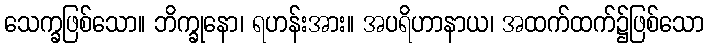
သေက္ခဖြစ်သော။ ဘိက္ခုနော၊ ရဟန်းအား။ အပရိဟာနာယ၊ အထက်ထက်၌ဖြစ်သော